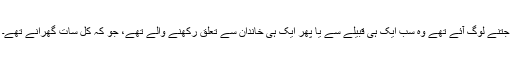
جتنے لوگ آئے تھے وہ سب ایک ہی قبیلے سے یا پھر ایک ہی خاندان سے تعلق رکھنے والے تھے، جو کہ کل سات گھرانے تھے۔